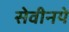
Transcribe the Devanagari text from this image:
सेवीनये